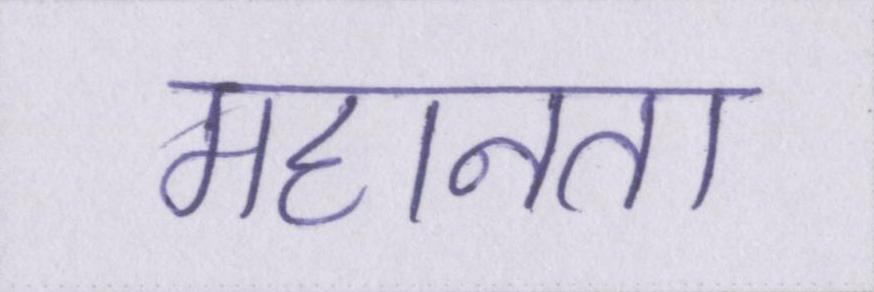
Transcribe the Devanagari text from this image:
महानता